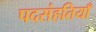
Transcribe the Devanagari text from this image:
पदसंहतियाँ